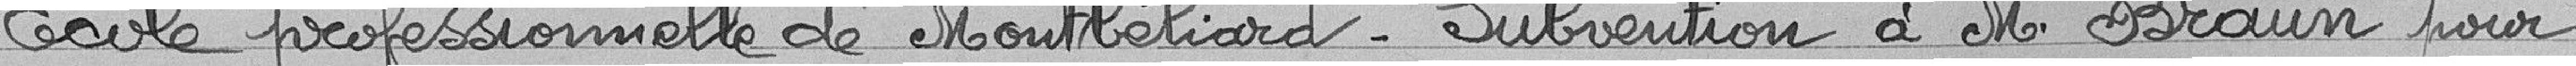
Ecole professionnelle de Montbéliard - Subvention de Monsieur Braun pour